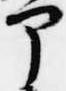
部